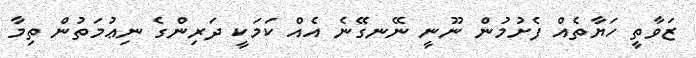
ޒަވާތީ ހަޔާތެއް ފެށުމުން ނޫނީ ނޭނގޭނެ އެއް ކަމަކީ ދަރިންގެ ނިޢުމަތުން ތިމާ